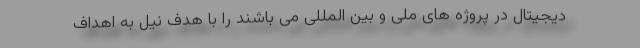
دیجیتال در پروژه های ملی و بین المللی می باشند را با هدف نیل به اهداف